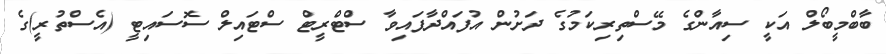
ބާބްމީބޯލް އަކީ ސިއާންގެ މޭސްތިރިކަމުގެ ދަށުން އުފައްދާފައިވާ ސްޓްރީޓް ސްޓައިލް ސޮސައިޓީ (އެސްތުރީ)ގެ